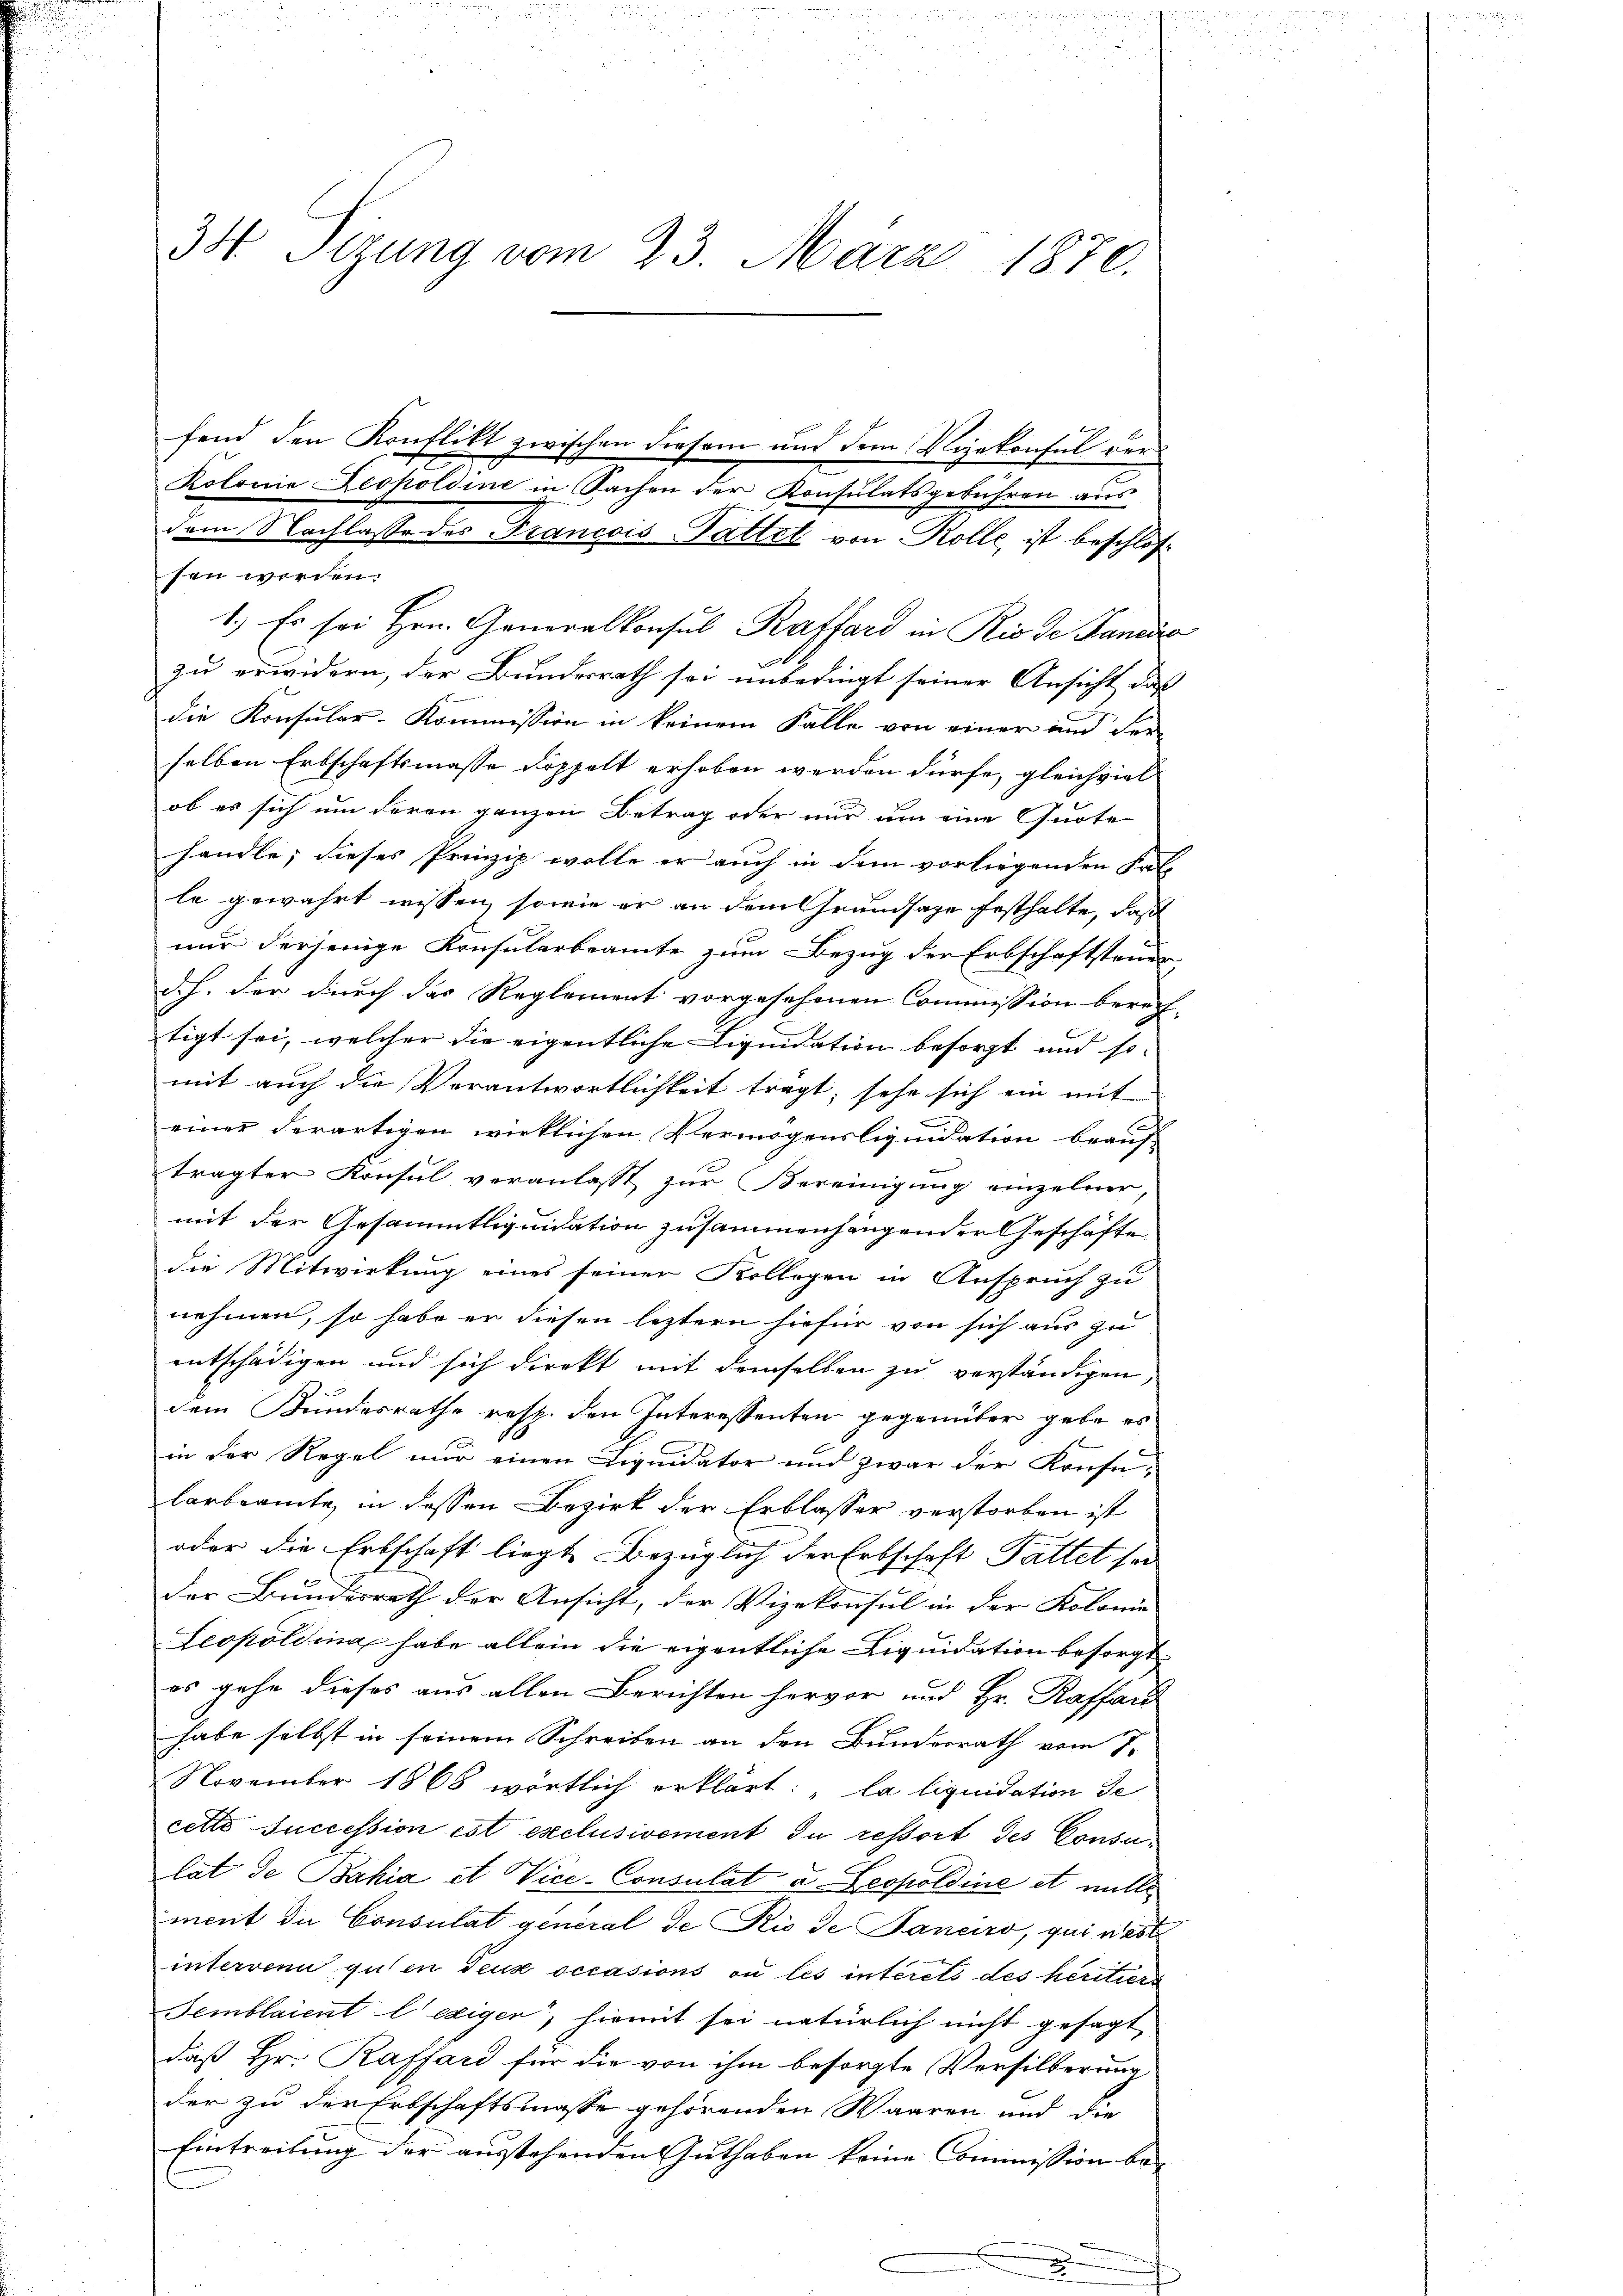
34 Tizung vom 23. März 1870.

sen werden.
1.) Es sei Hrn. Generalkonsul Raffard in Rio de Januá
zu erwidern, der Bundesrath sei unbedingt seiner Ansicht, daß
die Konsular-Kommission in keinem Falle von einer und der-
selben Erbschaftsmasse doppelt erhoben werden dürfe, gleichviel
ob es sich um deren ganzen Betrag oder nur um eine Quote
handle, dieses Prinzip wolle er auch in dem vorliegenden Fall
le gewahrt wissen, sowie er an dem Grundsaze festhalte, daß
nur derjenige Konsularbeamte zum Bezug der Erbschaftsteuer
d.h. der durch das Reglement vorgesehenen Commission berech
tigt sei, welcher die eigentliche Liquidation besorgt und somit auch die Verantwortlichkeit tragt, sehe sich ein mit
einer derartigen wirklichen Vermögensliquidation beauf-
tragter Konsul veranlasst zur Bereinigung einzelner,
mit der Gesammtliquidation zusammenhängender Geschäfte
die Mitwirkung eines seiner Kollegen in Anspruch zu
nehmen, so habe er diesen letztern hiefür von sich aus zu
entschädigen und sich direkt mit demselben zu verständigen,
dem Bundesrathe resp. den Interessenten gegenüber gebe es
in der Regel nur einen Liquidator und zwar der Konsu-
larbeamte, in dessen Bezirk der Erblasser verstorben ist
oder die Erbschaft liegt Bezüglich der Erbschaft Fattet sei
Der Bundesrath der Ansicht, der Vizekonsul in der Kolonie
Leopoldina habe allein die eigentliche Liquidation besorgt.
es gehe dieses aus allen Berichten hervor und Hr. Raffan
habe selbst in seinem Schreiben an den Bundesrath vom 7.
November 1868 wörtlich erklärt: „la liquidation de
cetto succession ist exclusivement du ressort des Consulat de Bahia et Vice-Consulat a. Leopoldine et mitte
ment de Consulat general de Rio de Janeiro, qui rest
interren guten Teuk occasions ou les interets des héritier
Semblaient l’exigen, hiemit sei natürlich nicht gesagt
daß Hr. Raffard für die von ihm besorgte Versilberung
der zu der Erbschaftsmasse gehörenden Waaren und die
Eintreitung der ausstehenden Guthaben keine Commission be- |

fend den Konflikt zwischen diesem und dem Vizekonsul der
Kolonie Leopoldine in Sachen der Konsulatsgebühren aus
dem Nachlasse des Francois Gattet von Rolle, ist beschlos

.